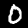
Digit: 0